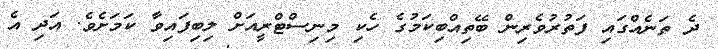
ދެ ތަނެއްގައި ފަތުރުވެރިން ބޭތިއްބިކަމުގެ ހެކި މިނިސްޓްރީއަށް ލިބިފައިވާ ކަމަށެވެ. އަދި އެ